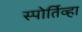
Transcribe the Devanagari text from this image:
स्पोर्तिव्हा